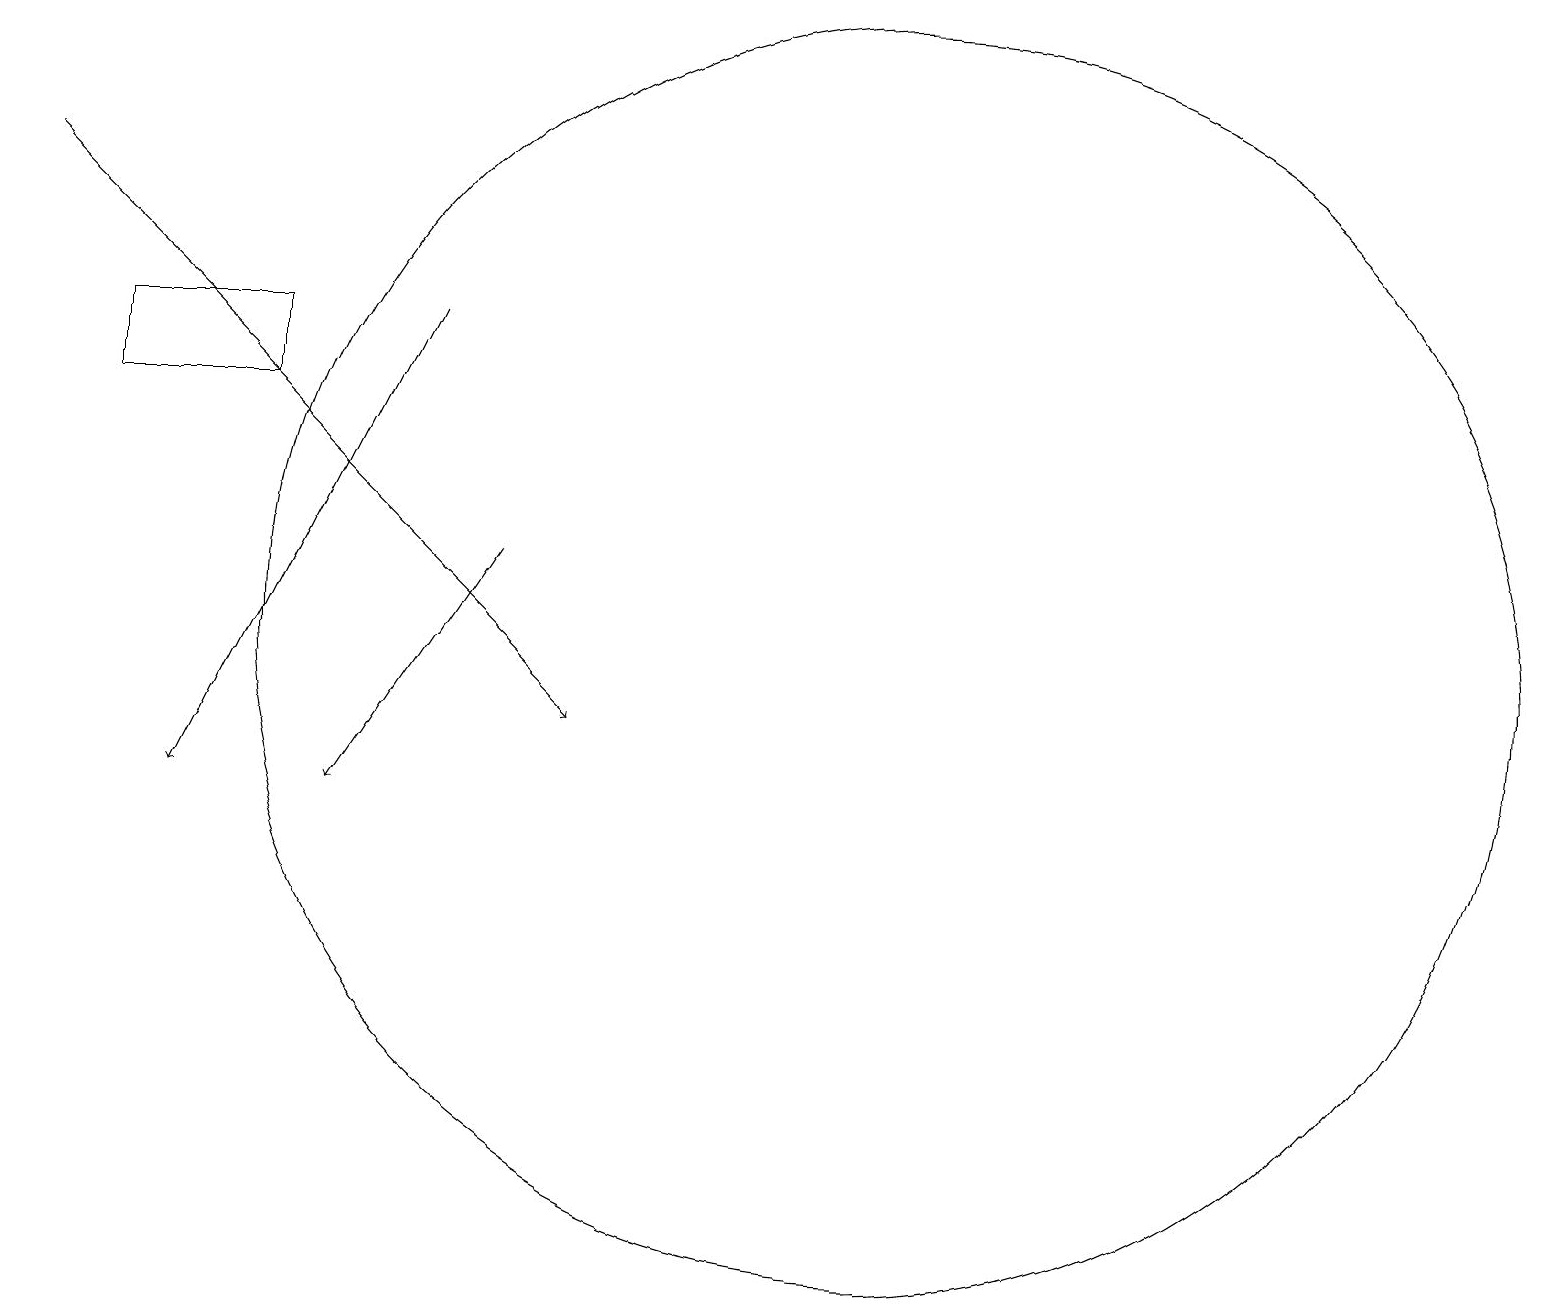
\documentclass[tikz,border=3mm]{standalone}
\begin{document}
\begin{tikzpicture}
\draw[->] (6,13) -- (4,10);
\draw[->] (0,18) -- (7,11);
\draw (1,15) rectangle (3,16);
\draw (11,12) circle (8);
\draw[->] (5,16) -- (2,10);
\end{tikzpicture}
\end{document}